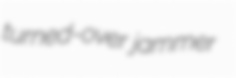
turned-over jammer